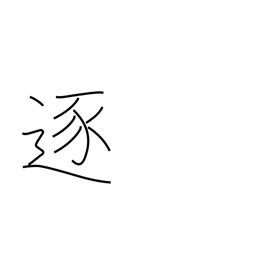
Meaning: accomplish